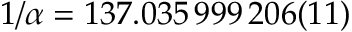
1 / \alpha = 1 3 7 . 0 3 5 \, 9 9 9 \, 2 0 6 ( 1 1 )